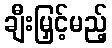
ချီးမြှင့်မည့်